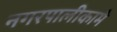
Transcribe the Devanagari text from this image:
नगरपालीकामे